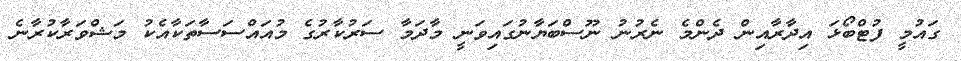
ގައުމީ ފުޓްބޯޅަ އިދާރާއިން ދެންމެ ނެރުނު ނޫސްބަޔާނުގައިވަނީ މާދަމާ ސަރުކާރުގެ މުއައްސަސާތަކާއެކު މަޝްވަރާކުރާނެ